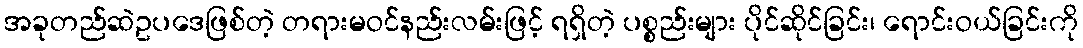
အခုတည်ဆဲဥပဒေဖြစ်တဲ့ တရားမဝင်နည်းလမ်းဖြင့် ရရှိတဲ့ ပစ္စည်းများ ပိုင်ဆိုင်ခြင်း၊ ရောင်းဝယ်ခြင်းကို